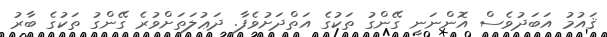
ޤައުމު އަބަދުވެސް އޮންނަނީ ގޭންގު ތަކުގެ އަތްދަށުވެފާ. ދަޢުލަތަށްވުރެ ގޭންގު ތަކުގެ ބާރު